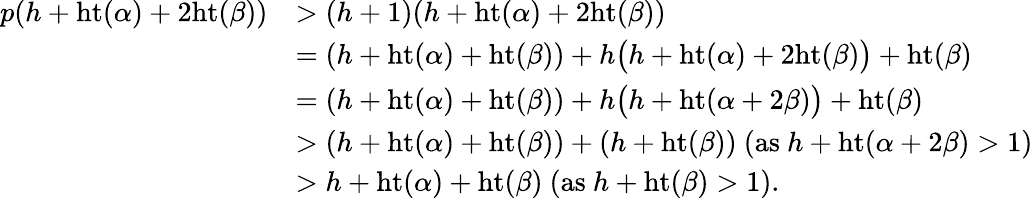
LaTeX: \begin{array}{rl}{p(h+\mathrm{ht}(\alpha)+2\mathrm{ht}(\beta))}&{>(h+1)(h+\mathrm{ht}(\alpha)+2\mathrm{ht}(\beta))}\\ &{=(h+\mathrm{ht}(\alpha)+\mathrm{ht}(\beta))+h\big(h+\mathrm{ht}(\alpha)+2\mathrm{ht}(\beta)\big)+\mathrm{ht}(\beta)}\\ &{=(h+\mathrm{ht}(\alpha)+\mathrm{ht}(\beta))+h\big(h+\mathrm{ht}(\alpha+2\beta)\big)+\mathrm{ht}(\beta)}\\ &{>(h+\mathrm{ht}(\alpha)+\mathrm{ht}(\beta))+(h+\mathrm{ht}(\beta))\mathrm{~}(\mathrm{as~}h+\mathrm{ht}(\alpha+2\beta)>1)}\\ &{>h+\mathrm{ht}(\alpha)+\mathrm{ht}(\beta)\mathrm{~}(\mathrm{as~}h+\mathrm{ht}(\beta)>1).}\end{array}